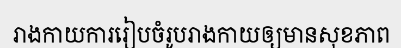
រាងកាយការរៀបចំរូបរាងកាយឲ្យមានសុខភាព